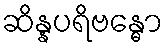
ဆိန္နပရိဗန္ဓော